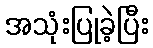
အသုံးပြုခဲ့ပြီး